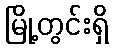
မြို့တွင်းရှိ